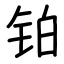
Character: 铂